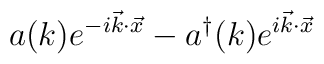
a(k) e^{-i\vec{k} \cdot \vec{x} } - a^\dagger (k) e^{i \vec{k} \cdot \vec{x} }